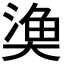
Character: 𭑞